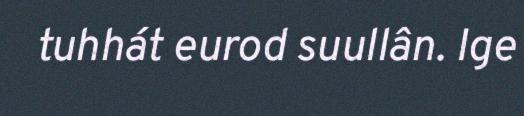
tuhhát eurod suullân. Ige